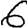
Digit: 6